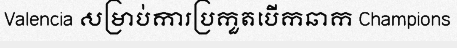
Valencia សម្រាប់ការប្រកួតបើកឆាក Champions